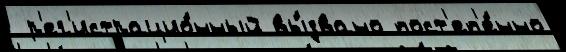
 р'ег'истрацио́нный вы́звано пост'еп'е́нно